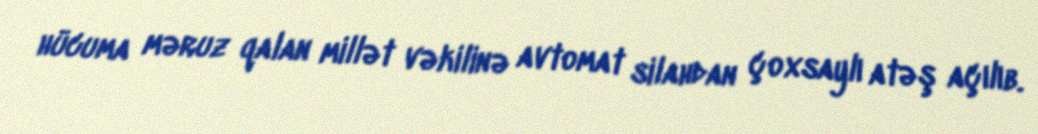
hücuma məruz qalan millət vəkilinə avtomat silahdan çoxsaylı atəş açılıb.